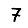
Digit: 7